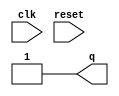
/* Generated by Yosys 0.32+51 (git sha1 6405bbab1, gcc 12.3.0-1ubuntu1~22.04 -fPIC -Os) */

(* top =  1  *)
(* src = "dff_const4.v:1.1-18.10" *)
module dff_const4(clk, reset, q);
  (* src = "dff_const4.v:1.25-1.28" *)
  input clk;
  wire clk;
  (* src = "dff_const4.v:1.54-1.55" *)
  output q;
  wire q;
  (* src = "dff_const4.v:2.5-2.7" *)
  wire q1;
  (* src = "dff_const4.v:1.36-1.41" *)
  input reset;
  wire reset;
  assign q = 1'h1;
  assign q1 = 1'h1;
endmodule